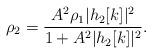
LaTeX: \begin{align*}\rho_2= \frac{A^2 \rho_1 |h_2[k]|^2}{1+A^2|h_2[k]|^2}.\end{align*}